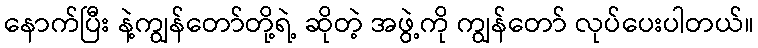
နောက်ပြီး နဲ့ကျွန်တော်တို့ရဲ့ ဆိုတဲ့ အဖွဲ့ကို ကျွန်တော် လုပ်ပေးပါတယ်။